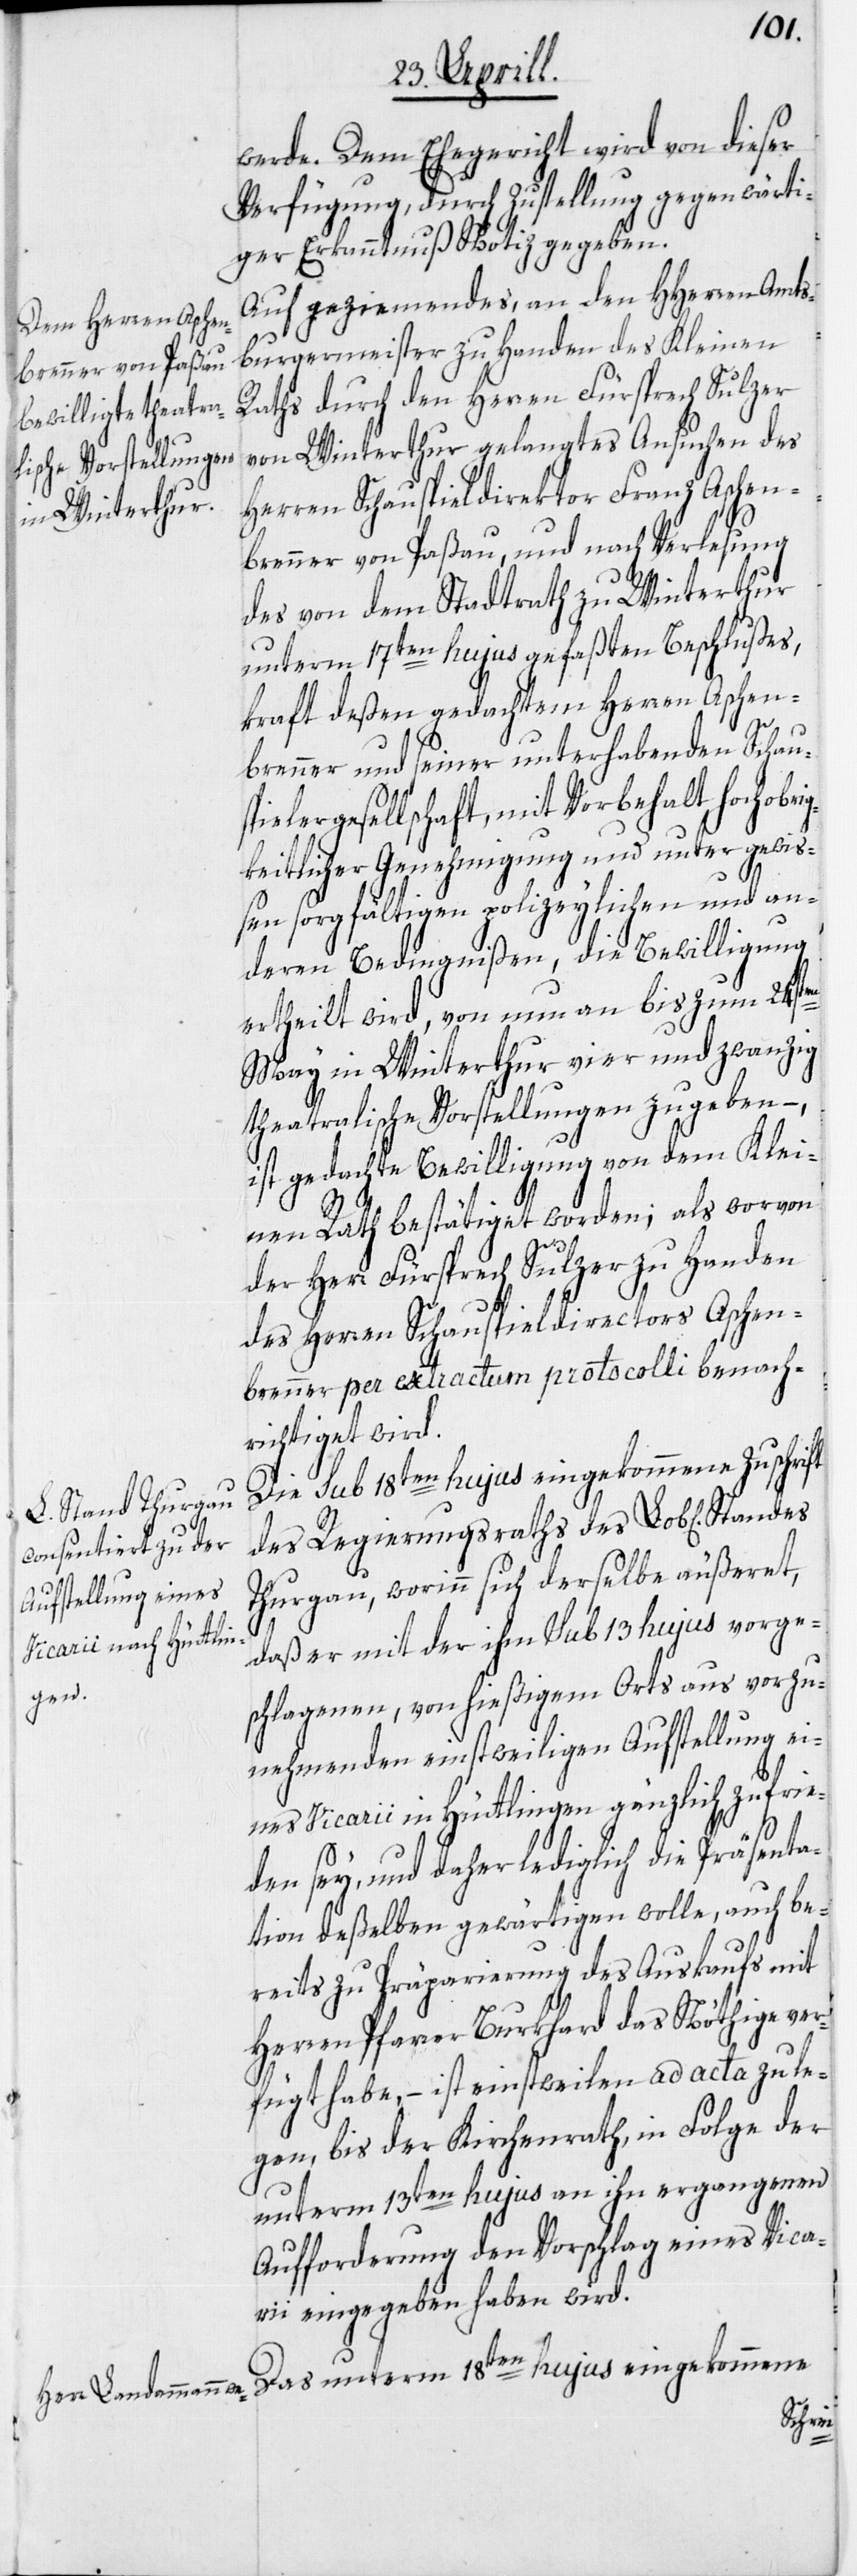
werde. Dem Ehegericht wird von dieser
Verfügung, durch Zustellung gegenwärti¬
ger Erkanntnuß Notiz gegeben.
Auf geziemendes, an den HHerren Amts¬
burgermeister zu Handen des Kleinen
Raths durch den Herren Fürsprech Sulzer
von Winterthur gelangtes Ansuchen des
Herren Schauspieldirektor Franz Abschen¬
brenner von Paßau, und nach Verlesung
des von dem Stadtrath zu Winterthur
unterm 17ten hujus gefaßten Beschlußes,
kraft deßen gedachtem Herren Aschen¬
brenner und seiner unterhabenden Schaus¬
pielergesellschaft, mit Vorbehalt hochobrig¬
keitlicher Genehmigung und unter gewi¬
ßen sorgfältigen polizeylichen und an¬
deren Bedingnißen, die Bewilligung
ertheilt wird, von nun an bis zum 24sten
May in Winterthur vier und zwanzig
theatralische Vorstellungen zu geben –,
ist gedachte Bewilligung von dem Klei¬
nen Rath bestätiget worden; als worvon
der Herr Fürsprech Sulzer zu Handen
des Herren Schauspieldirectors Aschen¬
brenner per extractum protocolli benach¬
richtiget wird.
Die sub 18ten hujus eingekommene Zuschrift
des Regierungsraths des Lob[lichen]
Thurgau, worinn sich derselbe äußeret,
daß er mit der ihm sub 13 hujus vorge¬
schlagenen, von hießigem Orts aus vorzu¬
nehmenden einstweiligen Aufstellung ei¬
nes Vicarii in Hüttlingen gänzlich zufrie¬
den sey, und daher lediglich die Präsenta¬
tion deßelben gewärtigen wolle, auch be¬
reits zu Präparierung des Auskaufs mit
Herren Pfarrer Burkhard das Nöthige ver¬
fügt habe, – ist einstweilen ad acta zu le¬
gen, bis der Kirchenrath, in Folge der
unterm 13ten hujus an ihn ergangenen
Aufforderung den Vorschlag eines Vica¬
rii eingegeben haben wird.